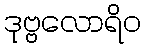
ဒုဗ္ဗလောရိဝ